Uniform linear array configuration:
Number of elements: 8
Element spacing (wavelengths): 1
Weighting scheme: kaiser
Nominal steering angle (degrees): -45
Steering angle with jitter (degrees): -44.995
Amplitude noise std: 0.05
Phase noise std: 0.05

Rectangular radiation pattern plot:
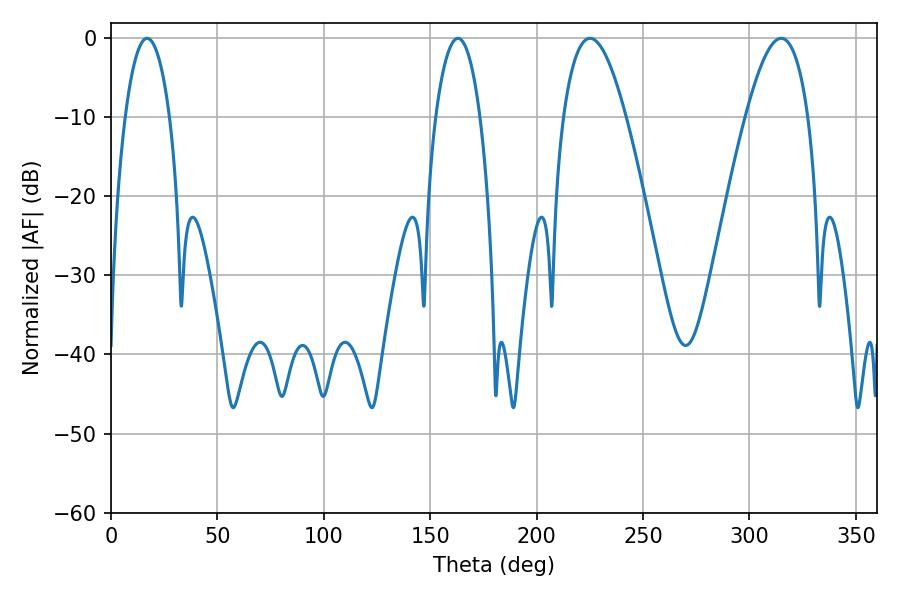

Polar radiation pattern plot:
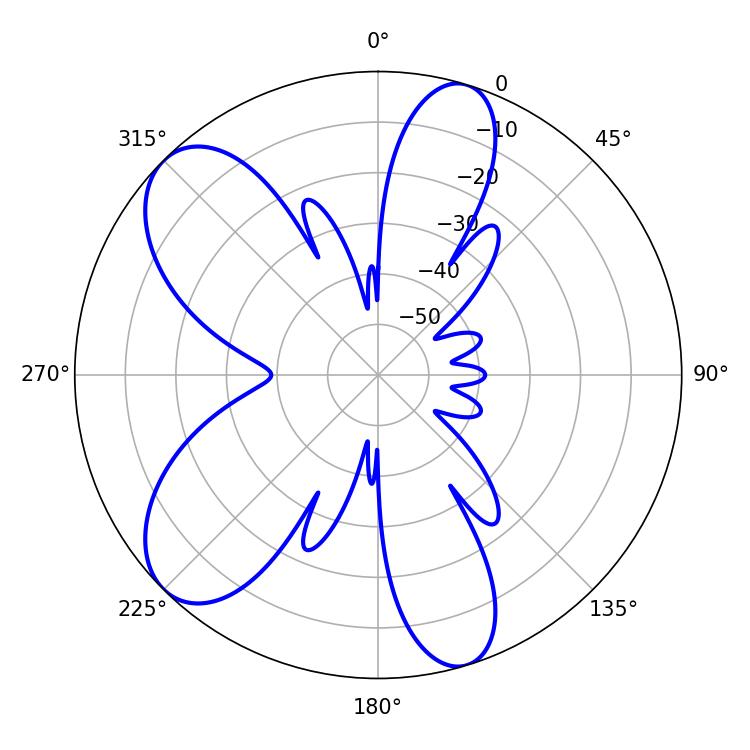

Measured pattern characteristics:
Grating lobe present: TRUE
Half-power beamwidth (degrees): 11.7
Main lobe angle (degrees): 16.92